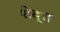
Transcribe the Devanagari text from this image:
शेब्रा